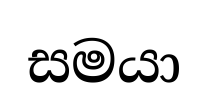
සමයා